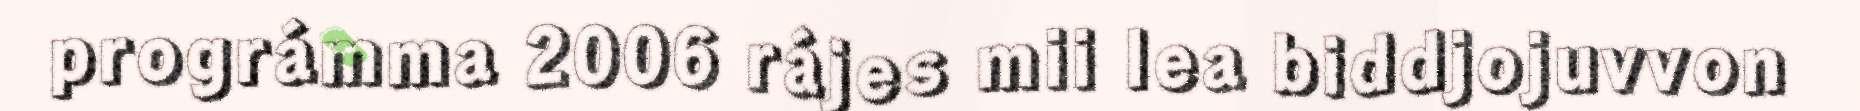
prográmma 2006 rájes mii lea biddjojuvvon